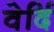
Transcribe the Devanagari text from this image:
वेर्दि